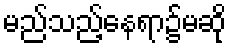
မည်သည့်နေရာ၌မဆို